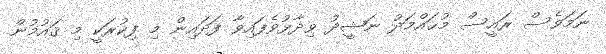
ނަމަވެސް ރައީސް މުޙައްމަދު ނަޝީދު ވިދާޅުވެފައިވާ ފަދައިން މި ފިކުރަކީ މި ޤައުމުން